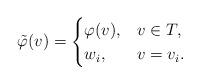
LaTeX: \begin{align*} \tilde{\varphi}(v)=\begin{cases}\varphi(v), & v\in T,\\ w_{i}, & v=v_{i}.\end{cases}\end{align*}